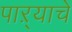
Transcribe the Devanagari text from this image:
पाऱ्याचे